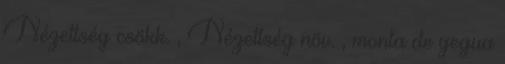
Nézettség csökk. , Nézettség növ. , monta de yegua